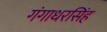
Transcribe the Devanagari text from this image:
गंगाधरसिंह